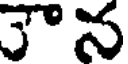
5న